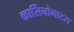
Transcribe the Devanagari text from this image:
कार्सिनोमाटस